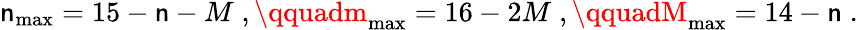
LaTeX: \mathsf{n}_{\mathrm{{max}}}=15-\mathsf{n}-M\; ,\qquadm_{\mathrm{{max}}}=16-2M\; ,\qquadM_{\mathrm{{max}}}=14-\mathsf{n}\; .